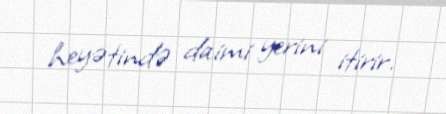
heyətində daimi yerini itirir.